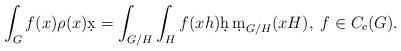
LaTeX: \begin{align*}\int_G f(x)\rho(x) \d x = \int_{G/H}\int_H f(xh)\d h\, \d m_{G/H}(xH), \; f \in C_c(G).\end{align*}